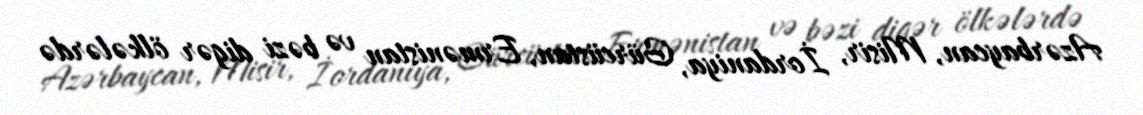
Azərbaycan, Misir, İordaniya, Gürcüstan, Ermənistan və bəzi digər ölkələrdə